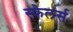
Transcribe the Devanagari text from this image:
स्केलर्स